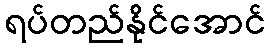
ရပ်တည်နိုင်အောင်